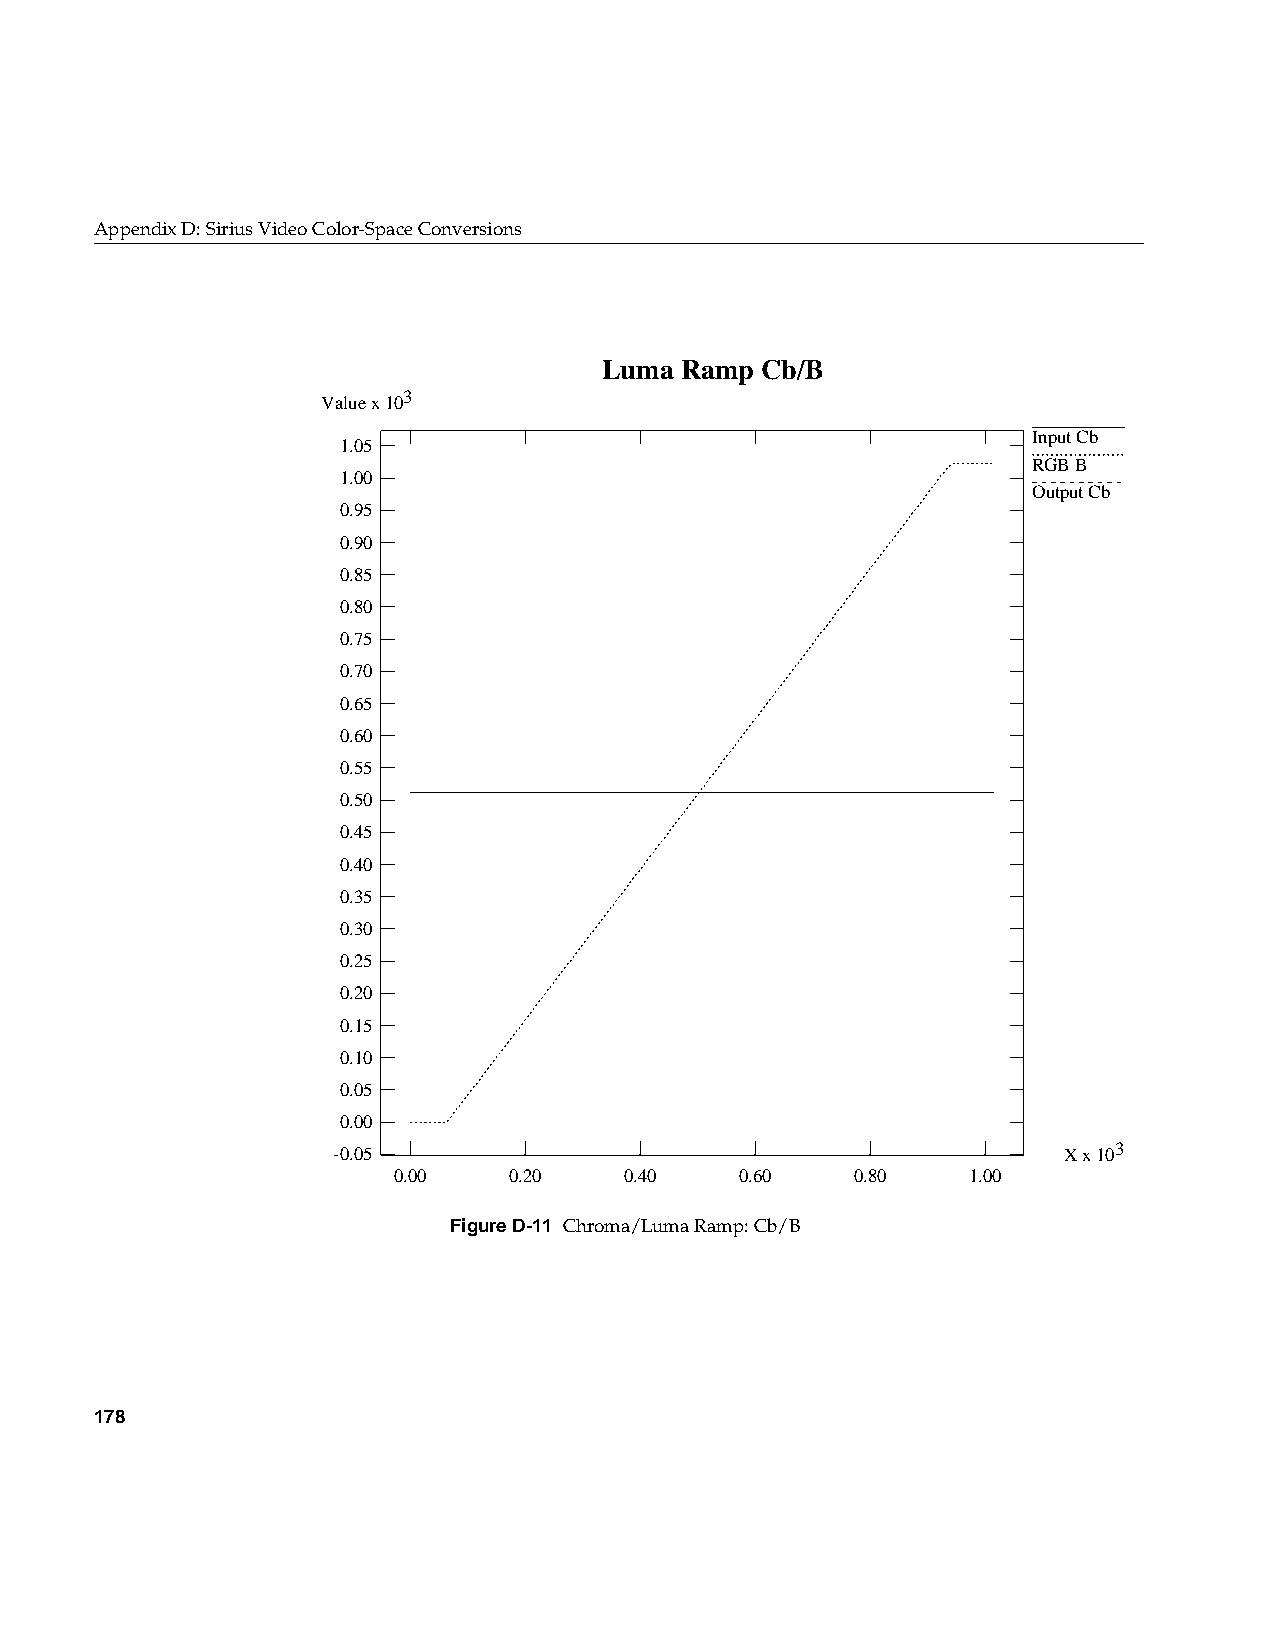
AppendixD: Sirius Video Color-Space Conversions
 Luma Ramp Cb/B
 3
 Value x 10
 Input Cb
 1.05
 RGB B
 1.00
 Output Cb
 0.95
 0.90
 0.85
 0.80
 0.75
 0.70
 0.65
 0.60
 0.55
 0.50
 0.45
 0.40
 0.35
 0.30
 0.25
 0.20
 0.15
 0.10
 0.05
 0.00
 -0.05                                           X x 103
 0.00    0.20   0.40    0.60    0.80   1.00
 FigureD-11 Chroma/Luma Ramp: Cb/B
 178